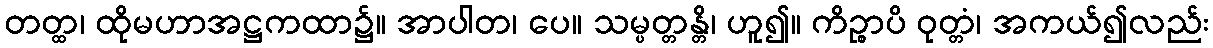
တတ္ထ၊ ထိုမဟာအဋ္ဌကထာ၌။ အာပါတ၊ ပေ။ သမ္ပတ္တန္တိ၊ ဟူ၍။ ကိဉ္စာပိ ဝုတ္တံ၊ အကယ်၍လည်း